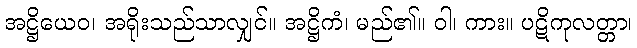
အဋ္ဌိယေဝ၊ အရိုးသည်သာလျှင်။ အဋ္ဌိကံ၊ မည်၏။ ဝါ၊ ကား။ ပဋိကုလတ္တာ၊